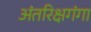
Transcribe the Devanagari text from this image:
अंतरिक्षगंगा